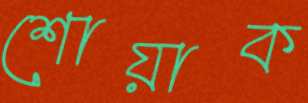
শোয়াক